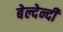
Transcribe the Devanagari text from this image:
बेल्देन्दी